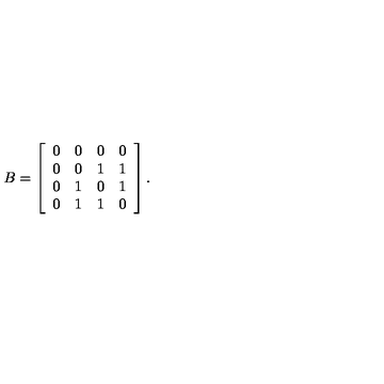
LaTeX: B = \left[ \begin{array} { c c c c } { 0 } & { 0 } & { 0 } & { 0 } \\ { 0 } & { 0 } & { 1 } & { 1 } \\ { 0 } & { 1 } & { 0 } & { 1 } \\ { 0 } & { 1 } & { 1 } & { 0 } \\ \end{array} \right] .